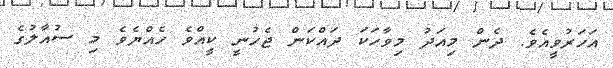
އަހަރުވީއެވެ. ދެން މިއަދު މިވާހަކަ ދައްކަން ޖެހުނީ ކީއްވެ ހެއްޔެވެ މި ސުއާލުގެ